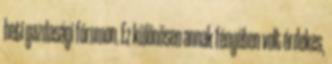
heti gazdasági fórumon. Ez különösen annak fényében volt érdekes,